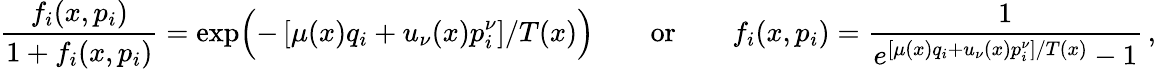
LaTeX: \frac{f_{i}(x,p_{i})}{1+f_{i}(x,p_{i})}=\exp\Bigl(-\left[\mu(x)q_{i}+u_{\nu}(x)p_{i}^{\nu}\right]/T(x)\Bigr)\qquad\mathrm{or}\qquad f_{i}(x,p_{i})={\frac{1}{e^{\left[\mu(x)q_{i}+u_{\nu}(x)p_{i}^{\nu}\right]/T(x)}-1}}\, ,